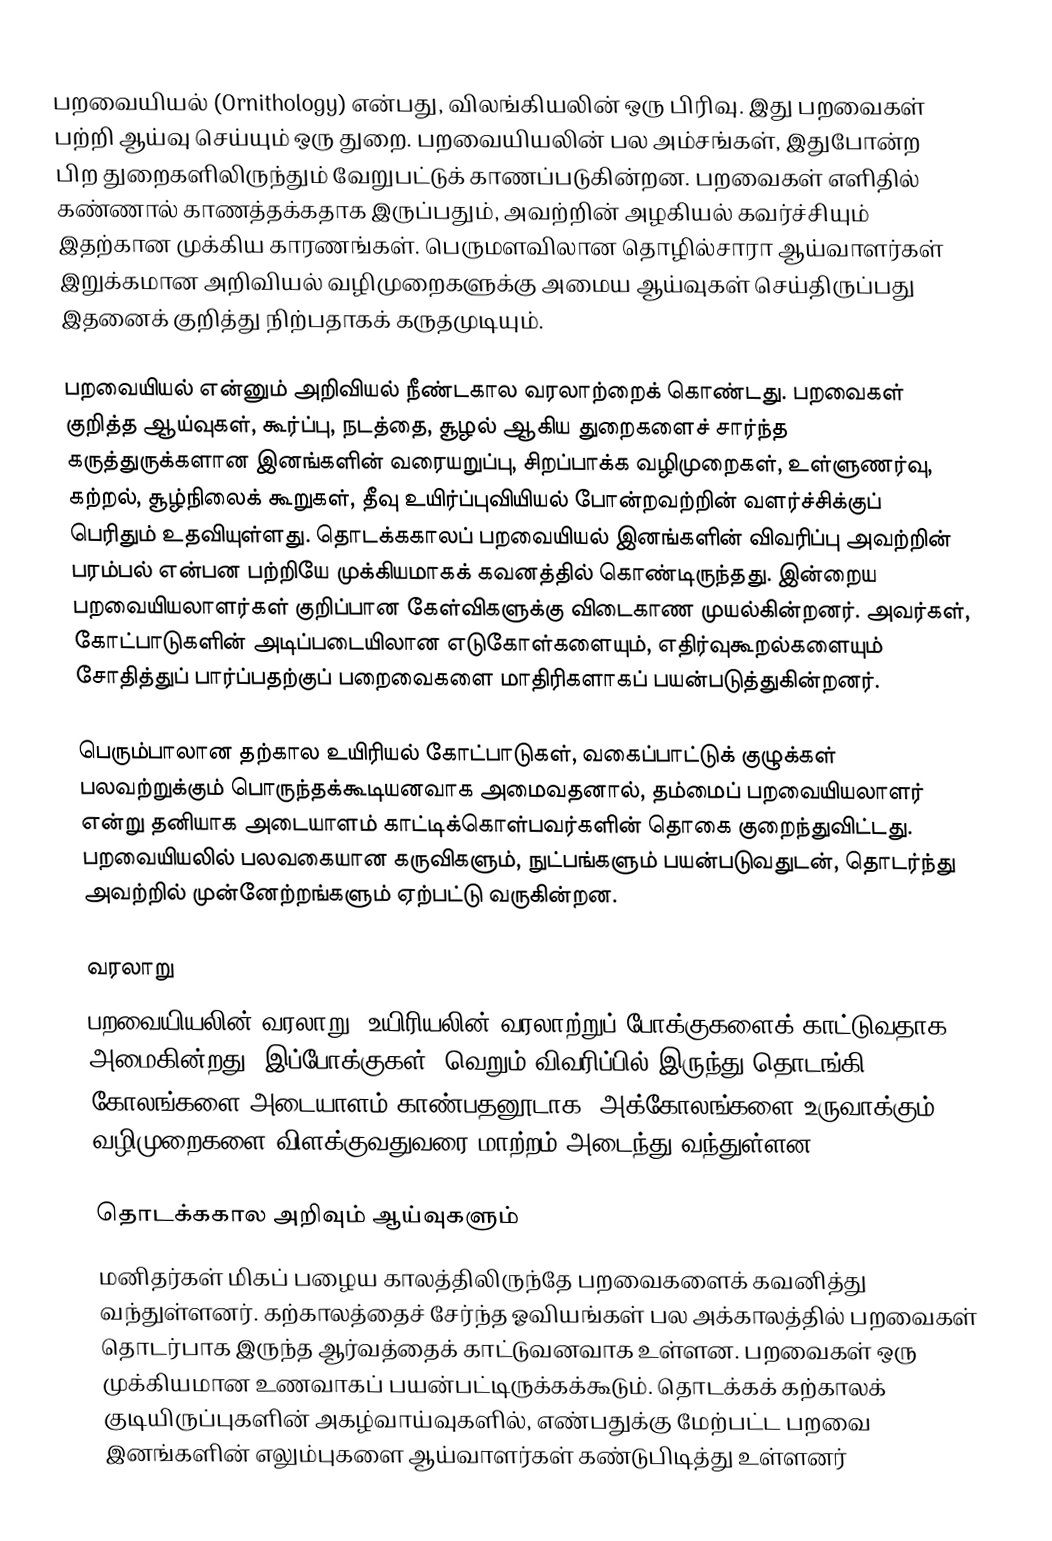
பறவையியல் (Ornithology) என்பது, விலங்கியலின் ஒரு பிரிவு. இது பறவைகள் பற்றி ஆய்வு செய்யும் ஒரு துறை. பறவையியலின் பல அம்சங்கள், இதுபோன்ற பிற துறைகளிலிருந்தும் வேறுபட்டுக் காணப்படுகின்றன. பறவைகள் எளிதில் கண்ணால் காணத்தக்கதாக இருப்பதும், அவற்றின் அழகியல் கவர்ச்சியும் இதற்கான முக்கிய காரணங்கள். பெருமளவிலான தொழில்சாரா ஆய்வாளர்கள் இறுக்கமான அறிவியல் வழிமுறைகளுக்கு அமைய ஆய்வுகள் செய்திருப்பது இதனைக் குறித்து நிற்பதாகக் கருதமுடியும்.

பறவையியல் என்னும் அறிவியல் நீண்டகால வரலாற்றைக் கொண்டது. பறவைகள் குறித்த ஆய்வுகள், கூர்ப்பு, நடத்தை, சூழல் ஆகிய துறைகளைச் சார்ந்த கருத்துருக்களான இனங்களின் வரையறுப்பு, சிறப்பாக்க வழிமுறைகள், உள்ளுணர்வு, கற்றல், சூழ்நிலைக் கூறுகள், தீவு உயிர்ப்புவியியல் போன்றவற்றின் வளர்ச்சிக்குப் பெரிதும் உதவியுள்ளது. தொடக்ககாலப் பறவையியல் இனங்களின் விவரிப்பு அவற்றின் பரம்பல் என்பன பற்றியே முக்கியமாகக் கவனத்தில் கொண்டிருந்தது. இன்றைய பறவையியலாளர்கள் குறிப்பான கேள்விகளுக்கு விடைகாண முயல்கின்றனர். அவர்கள், கோட்பாடுகளின் அடிப்படையிலான எடுகோள்களையும், எதிர்வுகூறல்களையும் சோதித்துப் பார்ப்பதற்குப் பறைவைகளை மாதிரிகளாகப் பயன்படுத்துகின்றனர்.

பெரும்பாலான தற்கால உயிரியல் கோட்பாடுகள், வகைப்பாட்டுக் குழுக்கள் பலவற்றுக்கும் பொருந்தக்கூடியனவாக அமைவதனால், தம்மைப் பறவையியலாளர் என்று தனியாக அடையாளம் காட்டிக்கொள்பவர்களின் தொகை குறைந்துவிட்டது. பறவையியலில் பலவகையான கருவிகளும், நுட்பங்களும் பயன்படுவதுடன், தொடர்ந்து அவற்றில் முன்னேற்றங்களும் ஏற்பட்டு வருகின்றன.

வரலாறு
பறவையியலின் வரலாறு, உயிரியலின் வரலாற்றுப் போக்குகளைக் காட்டுவதாக அமைகின்றது. இப்போக்குகள், வெறும் விவரிப்பில் இருந்து தொடங்கி, கோலங்களை அடையாளம் காண்பதனூடாக, அக்கோலங்களை உருவாக்கும் வழிமுறைகளை விளக்குவதுவரை மாற்றம் அடைந்து வந்துள்ளன.

தொடக்ககால அறிவும் ஆய்வுகளும்
மனிதர்கள் மிகப் பழைய காலத்திலிருந்தே பறவைகளைக் கவனித்து வந்துள்ளனர். கற்காலத்தைச் சேர்ந்த ஓவியங்கள் பல அக்காலத்தில் பறவைகள் தொடர்பாக இருந்த ஆர்வத்தைக் காட்டுவனவாக உள்ளன. பறவைகள் ஒரு முக்கியமான உணவாகப் பயன்பட்டிருக்கக்கூடும். தொடக்கக் கற்காலக் குடியிருப்புகளின் அகழ்வாய்வுகளில், எண்பதுக்கு மேற்பட்ட பறவை இனங்களின் எலும்புகளை ஆய்வாளர்கள் கண்டுபிடித்து உள்ளனர்